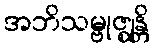
အဘိသမ္ဗုဇ္ဈန္တိ